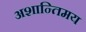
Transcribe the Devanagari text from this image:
अशान्तिमय